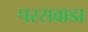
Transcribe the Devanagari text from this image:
परसवाडा